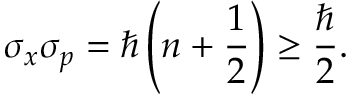
\sigma _ { x } \sigma _ { p } = \hbar \left( n + { \frac { 1 } { 2 } } \right) \geq { \frac { \hbar } { 2 } } .